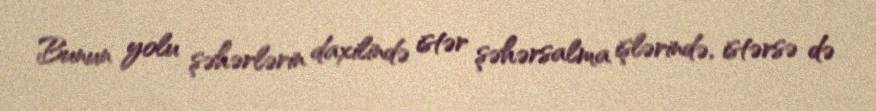
Bunun yolu şəhərlərin daxilində istər şəhərsalma işlərində, istərsə də